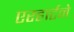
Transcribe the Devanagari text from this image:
एरहार्टने